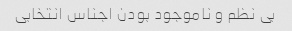
بی نظم و ناموجود بودن اجناس انتخابی